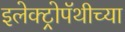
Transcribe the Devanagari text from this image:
इलेक्ट्रोपॅथीच्या